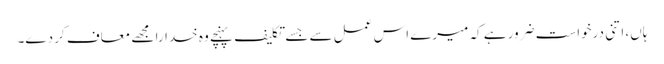
ہاں، اتنی درخواست ضرور ہے کہ میرے اس عمل سے جسے تکلیف پہنچے وہ خدارا مجھے معاف کر دے۔